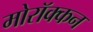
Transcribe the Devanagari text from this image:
मोरॉक्कन